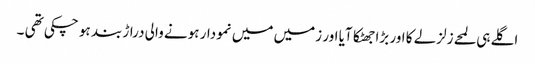
اگلے ہی لمحے زلزلے کا اور بڑا جھٹکا آیا اور زمیں میں نمودار ہونے والی دراڑ بند ہو چکی تھی ۔